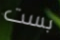
بست